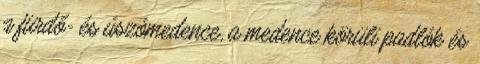
a fürdő- és úszómedence, a medence körüli padlók és